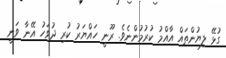
ގުޅޭ ލިޔުންތައް އާއްމު ކުރުމުންނެވެ. ރޫނީ ހައްޔަރު ކުރި ދުވަހު އޭނާ ވަނީ